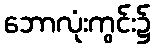
ဘောလုံးကွင်း၌